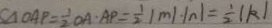
S \Delta O A P = \frac { 1 } { 2 } O A \cdot A P = \frac { 1 } { 2 } \vert m \vert \cdot \vert n \vert = \frac { 1 } { 2 } ( k )